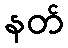
နတ်